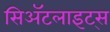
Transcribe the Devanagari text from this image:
सिॲटलाइट्स